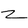
Character: Z